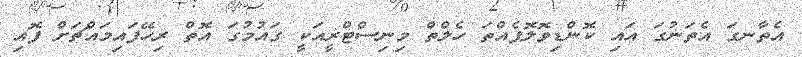
އެތާނގަ އެތަނުގަ އައި ކޮންޑިވޮލޮޕެއްތަ ހެލްތް މިނިސްޓްރީއަކީ ގައުމުގަ އޮތް ރިހޭފައިމައްޗަށް ފޮއި